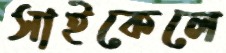
সাইকেলে